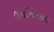
ઉપનિષદના